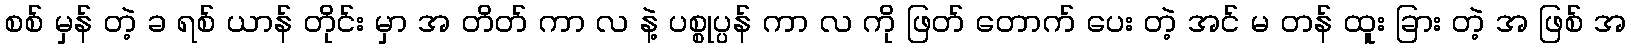
စစ် မှန် တဲ့ ခ ရစ် ယာန် တိုင်း မှာ အ တိတ် ကာ လ နဲ့ ပစ္စုပ္ပန် ကာ လ ကို ဖြတ် တောက် ပေး တဲ့ အင် မ တန် ထူး ခြား တဲ့ အ ဖြစ် အ